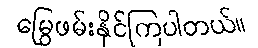
မြွေဖမ်းနိုင်ကြပါတယ်။